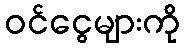
ဝင်ငွေများကို